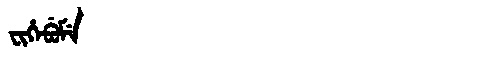
Manchu: ᠸᡳᡥᡝᠪᡠᠮᡝ
Romanization: FIHEBUME